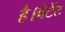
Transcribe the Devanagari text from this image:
है।पेटेंट